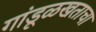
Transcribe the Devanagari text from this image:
गांडूळखताचा